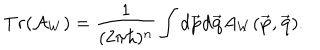
T r ( \mathcal { A } _ { W } ) = { \frac { 1 } { ( 2 \pi \hbar ) ^ { n } } } \int d \overrightarrow { { \bf p } } d \overrightarrow { { \bf q } } A _ { W } ( \overrightarrow { { \bf p } } , \overrightarrow { { \bf q } } ) .